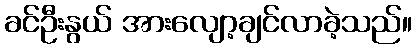
ခင်ဦးနွယ် အားလျော့ချင်လာခဲ့သည်။